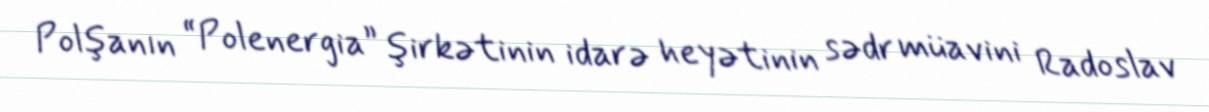
Polşanın “Polenergia” şirkətinin idarə heyətinin sədr müavini Radoslav